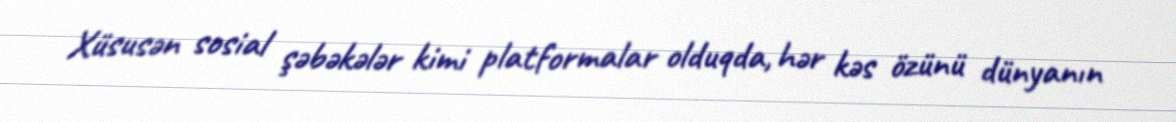
Xüsusən sosial şəbəkələr kimi platformalar olduqda, hər kəs özünü dünyanın